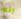
إنه